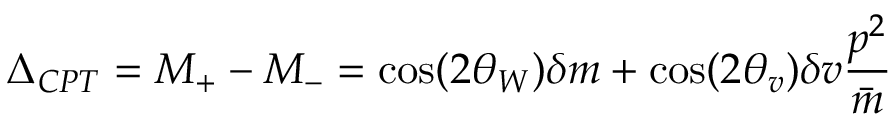
\Delta _ { C P T } = M _ { + } - M _ { - } = \cos ( 2 \theta _ { W } ) \delta m + \cos ( 2 \theta _ { v } ) \delta v \frac { p ^ { 2 } } { \bar { m } }